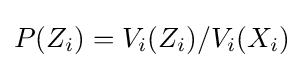
P(Z_{i})=V_{i}(Z_{i})/V_{i}(X_{i})